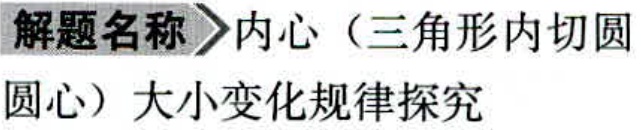
解题名称\(>\)内心（三角形内切圆圆心）大小变化规律探究